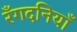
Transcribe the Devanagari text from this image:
रँगदनियाँ